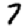
Digit: 7